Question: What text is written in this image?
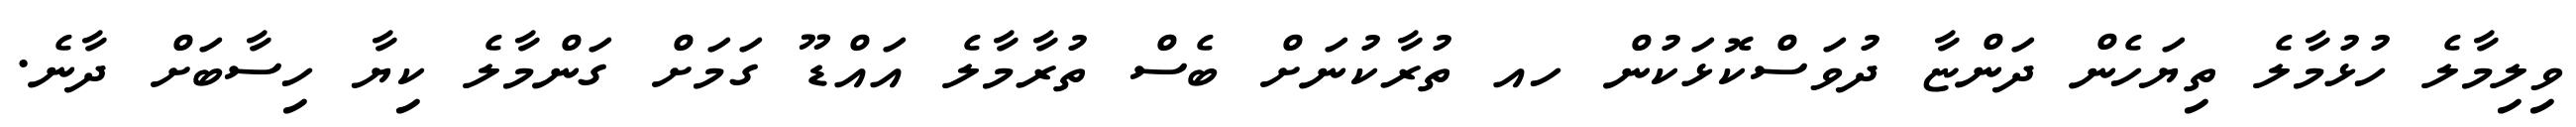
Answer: ވިލިމާލެ ހުޅުމާލެ ތިޔަހެން ދަންޏާ ދުވަސްކޮޅަކުން ހއ ތުރާކުނަށް ބެސް ތުރާމާލެ އައްޑޫ ގަމަށް ގަންމާލެ ކިޔާ ހިސާބަށް ދާނެ.